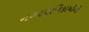
નગરપાલિકાઓની